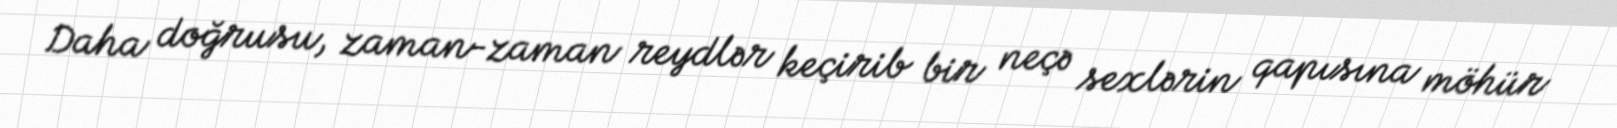
Daha doğrusu, zaman-zaman reydlər keçirib bir neçə sexlərin qapısına möhür